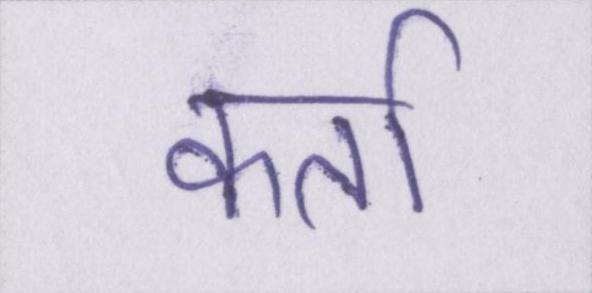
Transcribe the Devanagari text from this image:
कर्ता